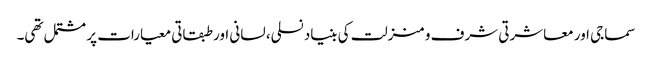
سماجی اور معاشرتی شرف و منزلت کی بنیاد نسلی، لسانی اور طبقاتی معیارات پر مشتمل تھی۔